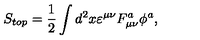
S _ { t o p } = \frac 1 2 \int d ^ { 2 } x \varepsilon ^ { \mu \nu } F _ { \mu \nu } ^ { a } \phi ^ { a } ,